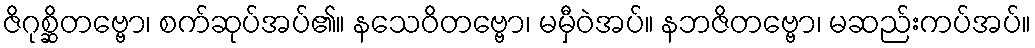
ဇိဂုစ္ဆိတဗ္ဗော၊ စက်ဆုပ်အပ်၏။ နသေဝိတဗ္ဗော၊ မမှီဝဲအပ်။ နဘဇိတဗ္ဗော၊ မဆည်းကပ်အပ်။